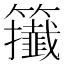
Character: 𥷪